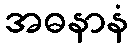
အဓနာနံ